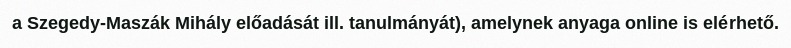
a Szegedy-Maszák Mihály előadását ill. tanulmányát), amelynek anyaga online is elérhető.